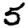
Digit: 5